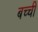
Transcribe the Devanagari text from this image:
बच्‍ची